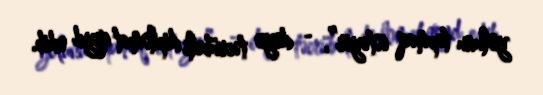
yolunu tapmaq istəyir”, - deyə təcrübəli diplomat qeyd edib.